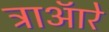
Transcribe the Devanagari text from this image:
ट्राऑरे